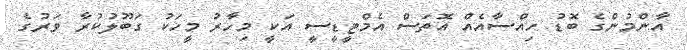
އާންމުންގެ ބޮޑު ހިއްސާއެއް އޮތަސް އެމްޓީޑީސީ އަކީ މިހާރު މީހަކު ގަބޫލުކުރާ ވަރުގެ